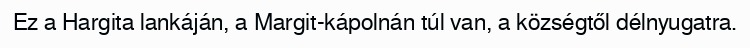
Ez a Hargita lankáján, a Margit-kápolnán túl van, a községtől délnyugatra.